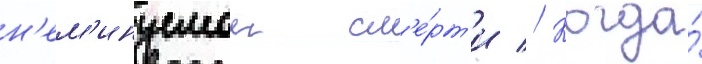
н'ем'инуемои см'е́рт'и // Когда́